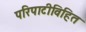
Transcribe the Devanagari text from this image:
परिपाटीविहित